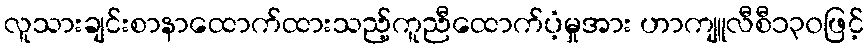
လူသားချင်းစာနာထောက်ထားသည့်ကူညီထောက်ပံ့မှုအား ဟာကျူလီစီ၁၃၀ဖြင့်